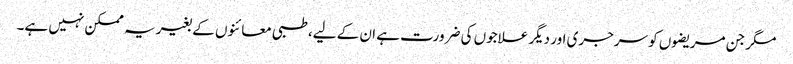
مگر جن مریضوں کو سرجری اور دیگر علاجوں کی ضرورت ہے ان کے لیے، طبی معائنوں کے بغیر یہ ممکن نہیں ہے۔